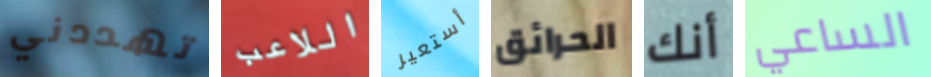
تهددني اللاعب أستعير الحرائق أنك الساعي